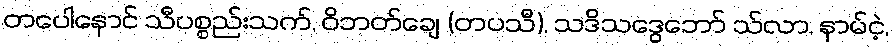
တပေါနောင် သီပစ္စည်းသက်, ဝိဘတ်ချေ (တပသီ), သဒိသဒွေဘော် သ်လာ, နာမ်ငဲ့,